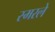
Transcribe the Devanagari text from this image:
स्मरले